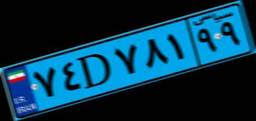
۴۱D۵۸۱۰۸